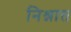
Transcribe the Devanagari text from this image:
निश्नात